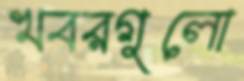
খবরগুলো